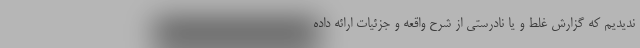
ندیدیم که گزارش غلط و یا نادرستی از شرح واقعه و جزئیات ارائه داده